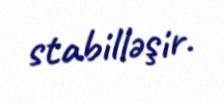
stabilləşir.